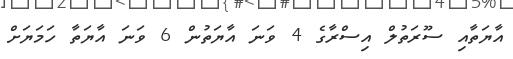
އާޔަތާއި ސޫރަތުލް އިސްރާގެ 4 ވަނަ އާޔަތުން 6 ވަނަ އާޔަތާ ހަމަޔަށް